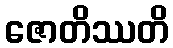
ဇောတိဿတိ